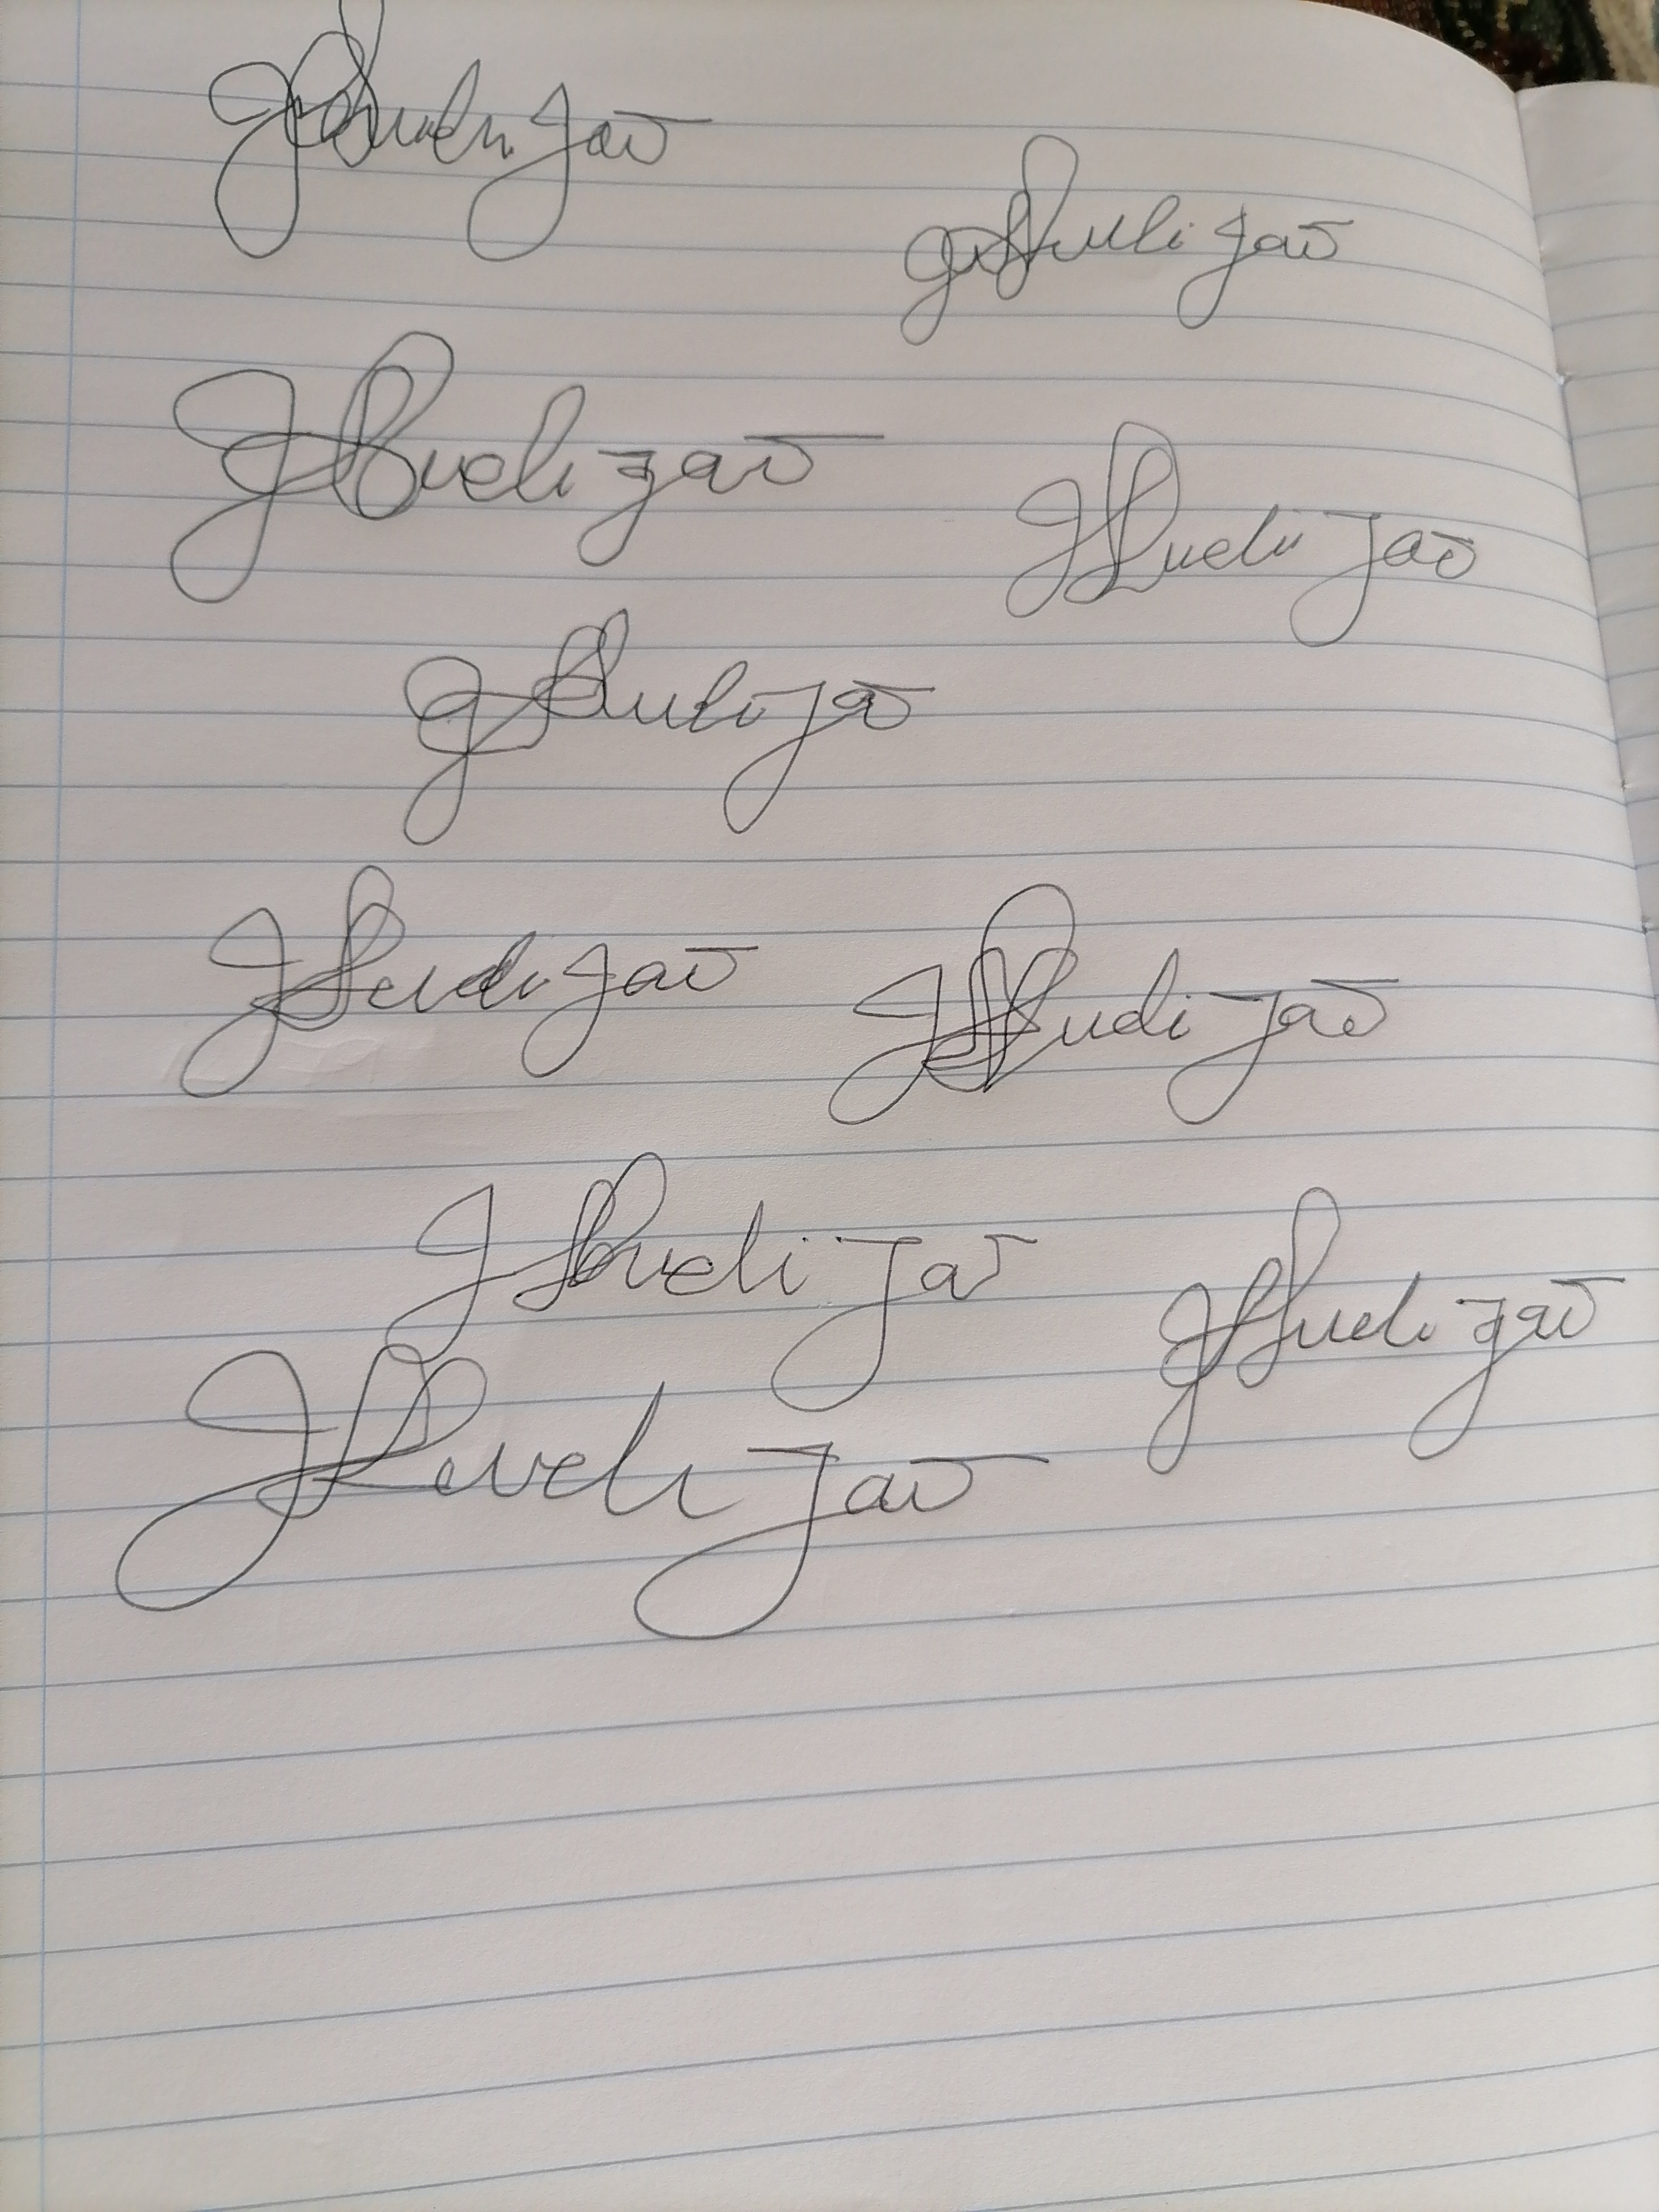
Signature authenticity: forged